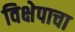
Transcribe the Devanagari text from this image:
विक्षेपाचा